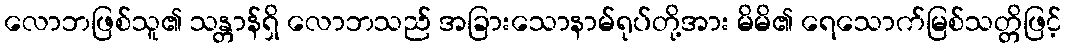
လောဘဖြစ်သူ၏ သန္တာန်ရှိ လောဘသည် အခြားသောနာမ်ရုပ်တို့အား မိမိ၏ ရေသောက်မြစ်သတ္တိဖြင့်